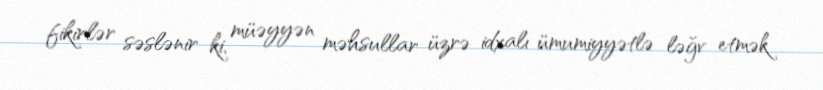
fikirlər səslənir ki, müəyyən məhsullar üzrə idxalı ümumiyyətlə ləğv etmək